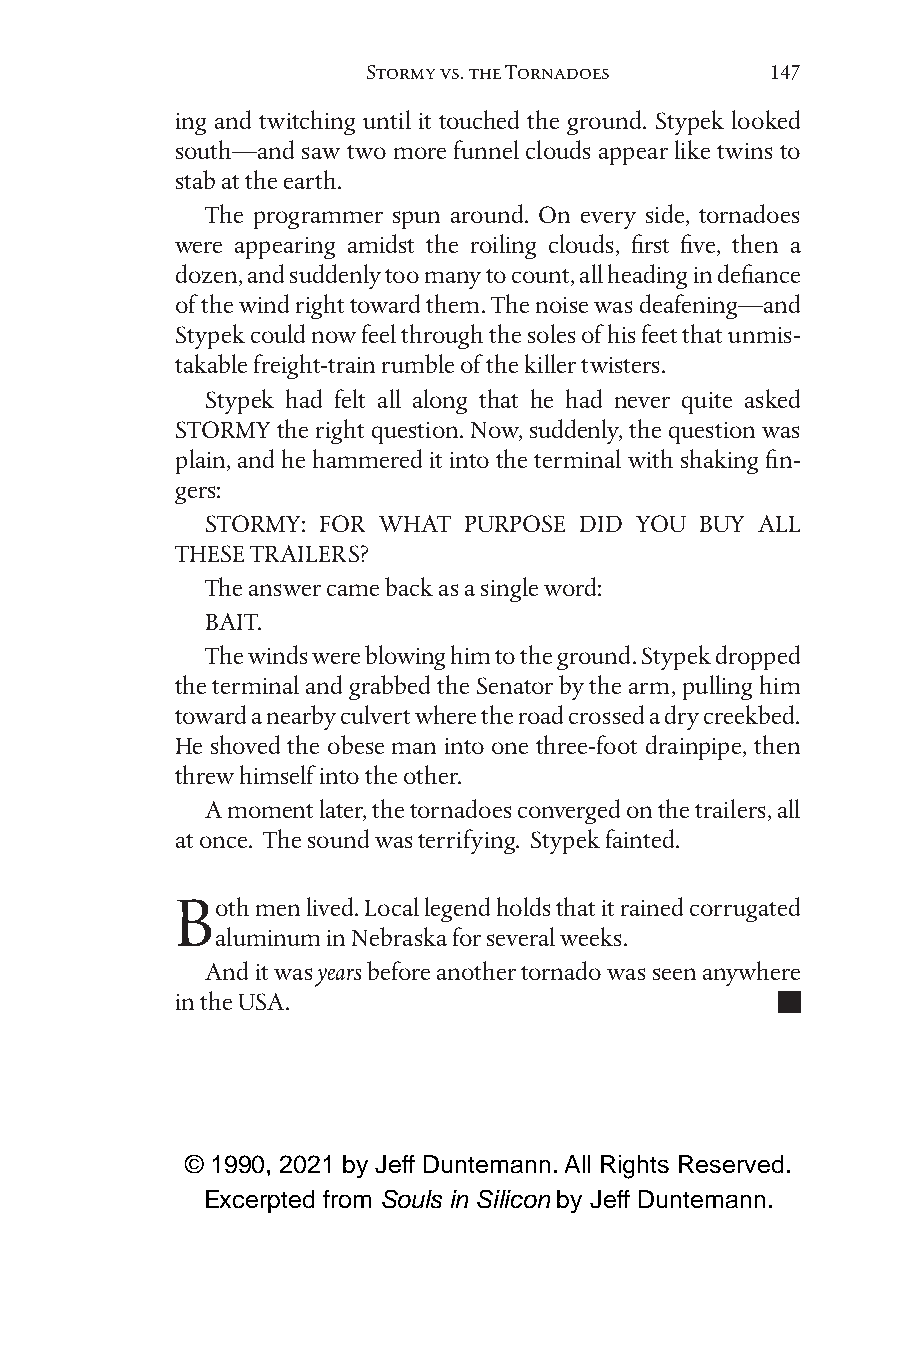
Stormy vs. the Tornadoes   147
 ing and twitching until it touched the ground. Stypek looked
 south—and saw two more funnel clouds appear like twins to
 stab at the earth.
 The programmer spun around. On every side, tornadoes
 were appearing amidst the roiling clouds, first five, then a
 dozen, and suddenly too many to count, all heading in defiance
 of the wind right toward them. The noise was deafening—and
 Stypek could now feel through the soles of his feet that unmis-
 takable freight-train rumble of the killer twisters.
 Stypek had felt all along that he had never quite asked
 STORMY the right question. Now, suddenly, the question was
 plain, and he hammered it into the terminal with shaking fin-
 gers:
 STORMY: FOR WHAT PURPOSE DID YOU BUY ALL
 THESE TRAILERS?
 The answer came back as a single word:
 BAIT.
 The winds were blowing him to the ground. Stypek dropped
 the terminal and grabbed the Senator by the arm, pulling him
 toward a nearby culvert where the road crossed a dry creekbed.
 He shoved the obese man into one three-foot drainpipe, then
 threw himself into the other.
 A moment later, the tornadoes converged on the trailers, all
 at once. The sound was terrifying. Stypek fainted.
 Both men lived. Local legend holds that it rained corrugated
 aluminum in Nebraska for several weeks.
 And it was years before another tornado was seen anywhere
 in the USA.